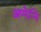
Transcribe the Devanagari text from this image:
अप्पेन्नि